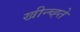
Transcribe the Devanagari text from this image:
खीन्च्ह्ते